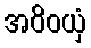
အဝိဝယှံ